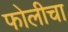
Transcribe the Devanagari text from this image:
फोलीचा